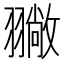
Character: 𦒚